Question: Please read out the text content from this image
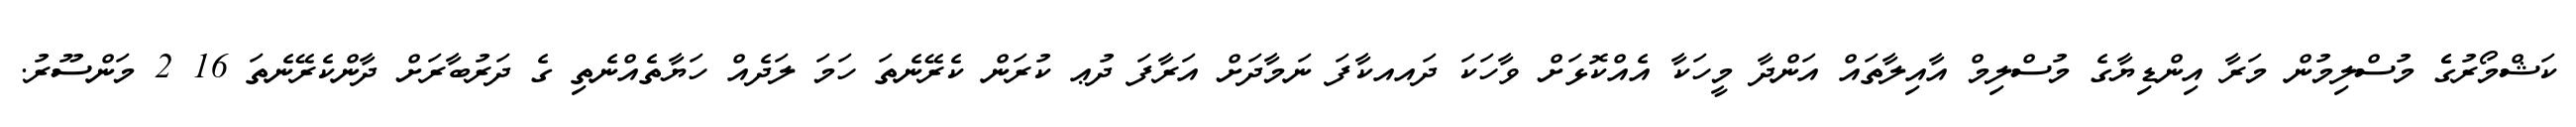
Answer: ކަޝްމޯރުގެެ މުސްލިމުން މަރާ އިންޑިޔާގެ މުސްލިމް އާއިލާތައް އަންދާ މީހަކާ އެއްކޮޅަށް ވާހަކަ ދައއކާފަ ނަމާދަށް އަރާފަ ދުޢ ކުރަން ކެރޭނެތަ ހަމަ ލަދެއް ހަޔާތެއްނެތި ގެ ދަރުބާރަށް ދާންކެރޭނެތަ 16 2 މަންސޫރު.